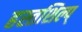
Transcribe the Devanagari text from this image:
हस्तशिल्प्